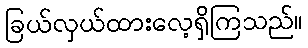
ခြယ်လှယ်ထားလေ့ရှိကြသည်။